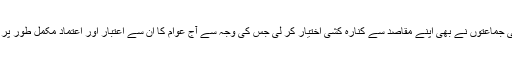
گویا ان مذہبی جماعتوں نے بھی اپنے مقاصد سے کنارہ کشی اختیار کر لی جس کی وجہ سے آج عوام کا ان سے اعتبار اور اعتماد مکمل طور پر اٹھ چکا ہے۔